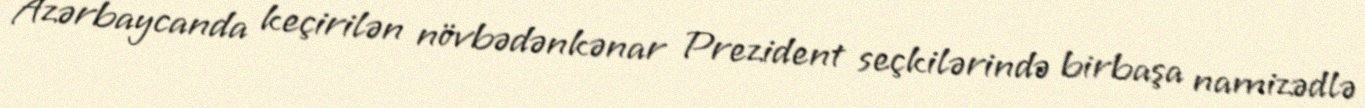
Azərbaycanda keçirilən növbədənkənar Prezident seçkilərində birbaşa namizədlə